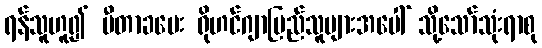
ရန်သူဟူ၍ မီတာခပေး ရိုဟင်ဂျာပြည်သူများအပေါ် သို့သော်သုံးရာစု